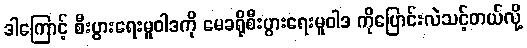
ဒါကြောင့် စီးပွားရေးမူဝါဒကို မေခရိုစီးပွားရေးမူဝါဒ ကိုပြောင်းလဲသင့်တယ်လို့